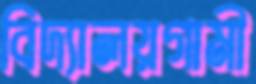
বিদ্যালয়গামী